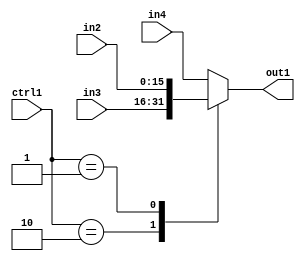
`timescale 1ps / 1ps
/*****************************************************************************
    Verilog RTL Description
    
    
    Created by: CellMath Designer 2019.1.01 
*******************************************************************************/

module bias_add_N_Mux_16_3_6_4 (
	in4,
	in3,
	in2,
	ctrl1,
	out1
	); /* architecture "behavioural" */ 
input [15:0] in4,
	in3,
	in2;
input [1:0] ctrl1;
output [15:0] out1;
wire [15:0] asc001;

reg [15:0] asc001_tmp_0;
assign asc001 = asc001_tmp_0;
always @ (ctrl1 or in3 or in2 or in4) begin
	case (ctrl1)
		2'B10 : asc001_tmp_0 = in3 ;
		2'B01 : asc001_tmp_0 = in2 ;
		default : asc001_tmp_0 = in4 ;
	endcase
end

assign out1 = asc001;
endmodule

/* CADENCE  v7LyQwg= : u9/ySgnWtBlWxVPRXgAZ4Og= ** DO NOT EDIT THIS LINE ******/